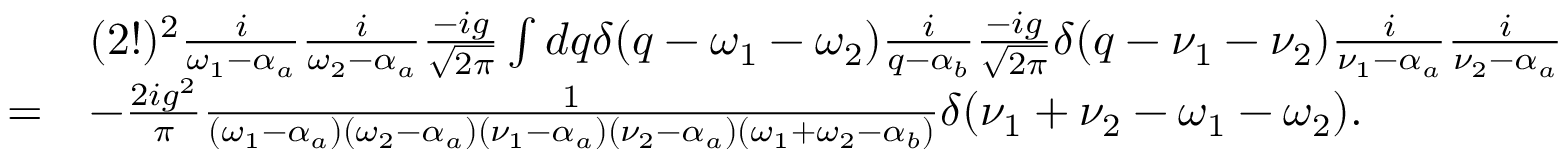
\begin{array} { r l } & { ( 2 ! ) ^ { 2 } \frac { i } { \omega _ { 1 } - \alpha _ { a } } \frac { i } { \omega _ { 2 } - \alpha _ { a } } \frac { - i g } { \sqrt { 2 \pi } } \int d q \delta ( q - \omega _ { 1 } - \omega _ { 2 } ) \frac { i } { q - \alpha _ { b } } \frac { - i g } { \sqrt { 2 \pi } } \delta ( q - \nu _ { 1 } - \nu _ { 2 } ) \frac { i } { \nu _ { 1 } - \alpha _ { a } } \frac { i } { \nu _ { 2 } - \alpha _ { a } } } \\ { = } & { - \frac { 2 i g ^ { 2 } } { \pi } \frac { 1 } { ( \omega _ { 1 } - \alpha _ { a } ) ( \omega _ { 2 } - \alpha _ { a } ) ( \nu _ { 1 } - \alpha _ { a } ) ( \nu _ { 2 } - \alpha _ { a } ) ( \omega _ { 1 } + \omega _ { 2 } - \alpha _ { b } ) } \delta ( \nu _ { 1 } + \nu _ { 2 } - \omega _ { 1 } - \omega _ { 2 } ) . } \end{array}